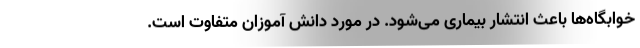
خوابگاه‌ها باعث انتشار بیماری می‌شود. در مورد دانش آموزان متفاوت است.